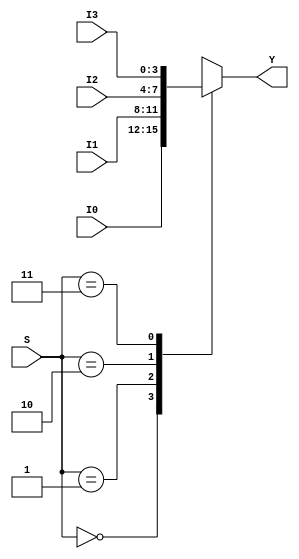
module mux_4x1_4 (output reg [3:0] Y, input [1:0]S, input [3:0] I0, I1, I2, I3);
    always @ (S, I0, I1, I2, I3)
        case (S)
            2'b00: Y <= I0;
            2'b01: Y <= I1;
            2'b10: Y <= I2;
            2'b11: Y <= I3;
        endcase
endmodule